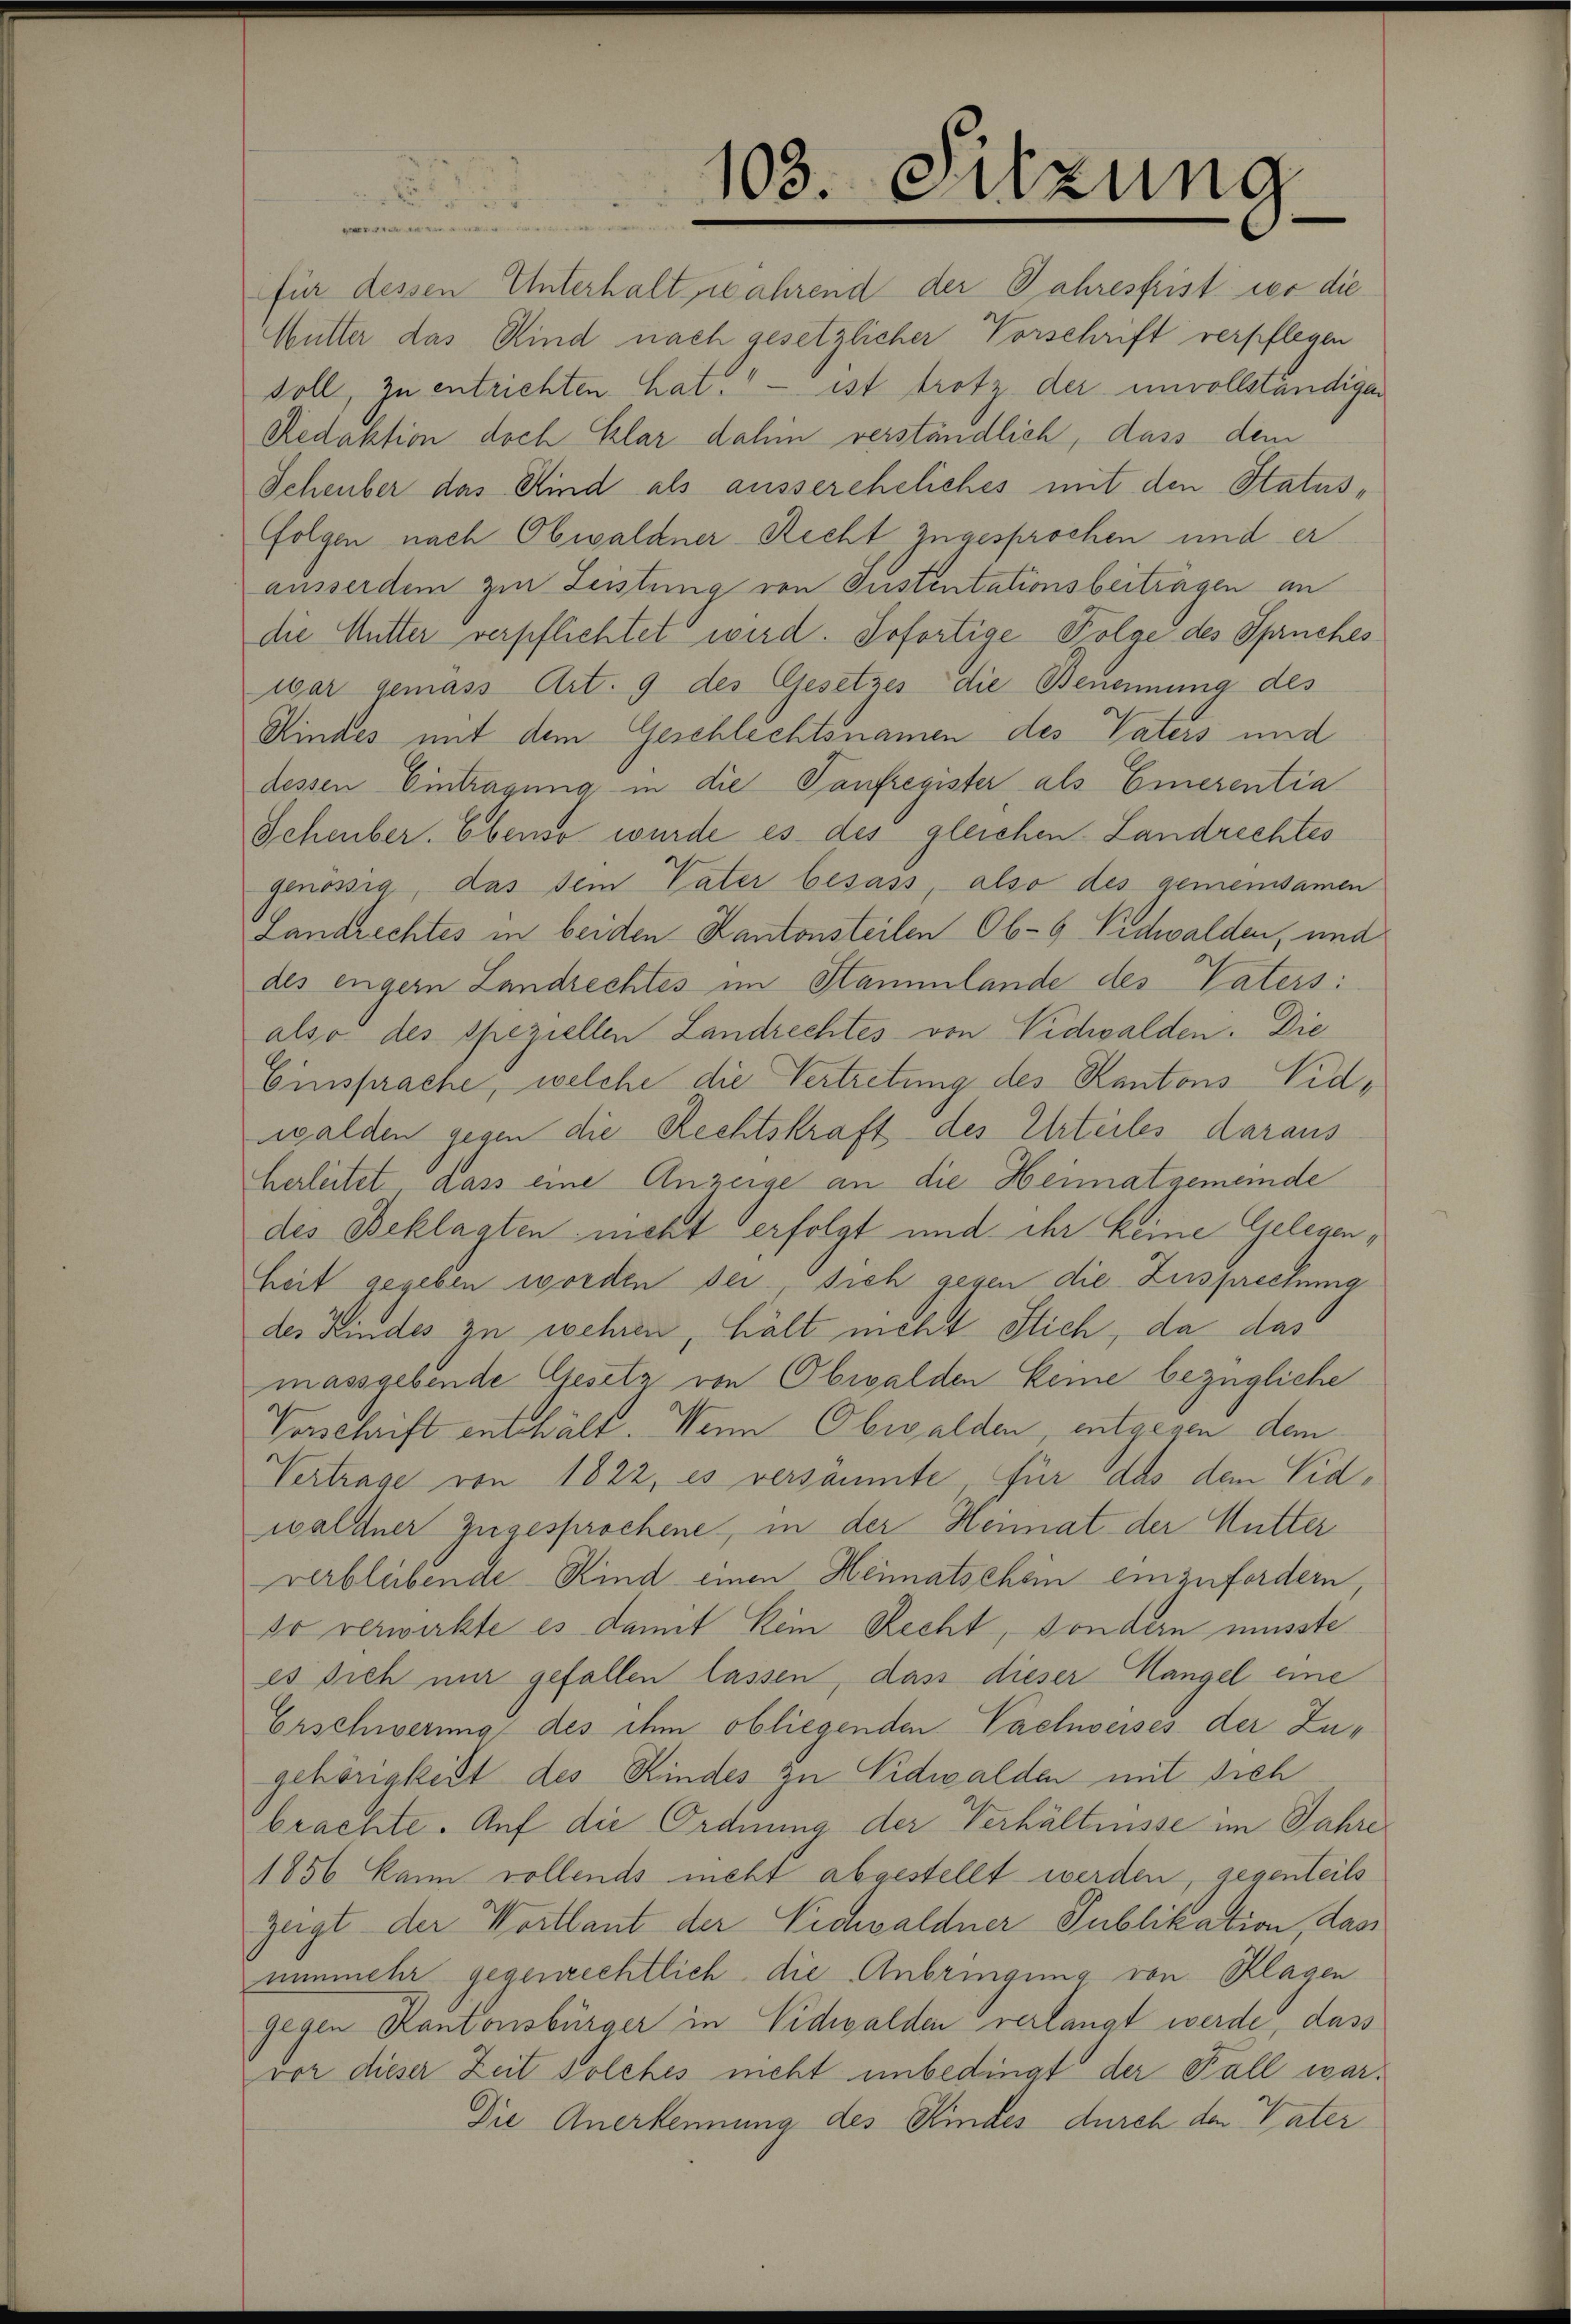
103. Sitzung

für dessen Unterhalt, während der Jahresfrist der die
Mutter das Kind nach gesetzlicher Vorschrift verpflegen
soll, zu entrichten hat." — ist trotz der unvollständigen
Redaktion doch klar dahin verständlich, dass dem
Scheuber das Kind als aussereheliches mit den Statusfolgen nach Obwaldner Recht zugesprochen und er
ausserdem zur Leistung von Instentationsbeitragen an
die Mutter verpflichtet wird. Sofortige Folge des Spruches
war gemäss Art. 9 des Gesetzes die Beuerung des
Kindes mit dem Geschlechtsnamen des Vaters und
dessen Eintragung in die Taufregister als Einerentia
Scheuber. Ebenso wurde es des gleichen Landrechtes
genössig, das dem Vater besass, also des gemeinsamen
Landrechtes in beiden Kantonsteilen Ob- 9 Vidwalden, und
des engern Landrechtes im Stammlände des Vaters:
also des speziellen Landrechtes von Vidwalden. Die
Einsprache, welche die Vertretung des Kantons Vidwalden gegen die Rechtskraft des Urteiles daraus
Herleitet dass eine Anzeige an die Heimatgemeinde
des Beklagten nicht erfolgt und ihr keine Gelegenheit gegeben worden sei sich gegen die Zusprechung
des Kindes zu wehren, hält nicht Stich, da das
massgebende Gesetz von Obwalden keine bezügliche
Vorschrift enthält. Wenn Obwalden, entgegen dem
Vertrage von 1822, es versäumte, für das dem Vidwaldner Zugesprochene, in der Heimat der Mutter
verbleibende Kind einen Heimatschein einzufordern,
do verwirkte es damit kein Recht, sondern müsste
es sich mir gefallen lassen, dass dieser Hangel eine
Erschwerung des ihm obliegenden Vachweises der Zugehörigkeit des Kindes zu Nidwalden mit sich
brachte. Auf die Ordnung der Verhältnisse im Jahre
1856 kann vollends nicht abgestellt werden, gegenteils
zeigt der Wortlaut der Eichwaldner Publikation, das
nunmehr gegenrechtlich die Anbringung von Klagen
gegen Kantonsbürger in Nidwalden verlangt werde, dass
vor dieser Zeit solches nicht unbedingt der Fall war¬
Die Anerkennung des Kindes durch den Vater